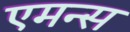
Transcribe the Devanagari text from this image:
एमन्स